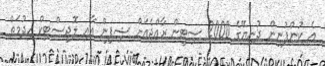
އެ ކުންފުނިން ދުނިޔޭގެ 2000 ސިޓީން ރާއްޖެއަށް ޝިޕިން އާއި ލޮޖިސްޓިކް ހިދުމަތް